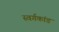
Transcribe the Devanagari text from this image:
स्वर्गकांड